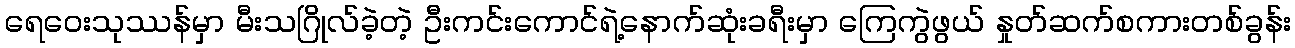
ရေဝေးသုဿန်မှာ မီးသဂြိုလ်ခဲ့တဲ့ ဦးကင်းကောင်ရဲ့နောက်ဆုံးခရီးမှာ ကြေကွဲဖွယ် နှုတ်ဆက်စကားတစ်ခွန်း